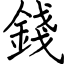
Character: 錢